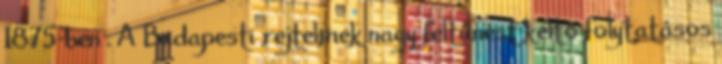
1875-ben . A Budapesti rejtelmek nagy feltűnést keltő folytatásos